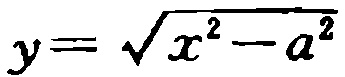
$y = \sqrt{x^{2}-a^{2}}$